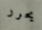
يحرر